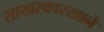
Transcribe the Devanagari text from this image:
साखरकारखाने